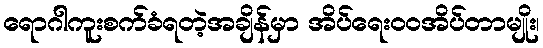
ရောဂါကူးစက်ခံရတဲ့အချိန်မှာ အိပ်ရေးဝဝအိပ်တာမျိုး၊